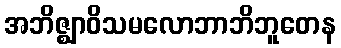
အဘိဇ္ဈာဝိသမလောဘာဘိဘူတေန